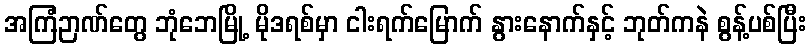
အကြံဉာဏ်တွေ ဘုံဘေမြို့ မိုဒရစ်မှာ ငါးရက်မြောက် နွားနောက်နှင့် ဘုတ်ကနဲ စွန့်ပစ်ပြီး